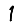
Digit: 1